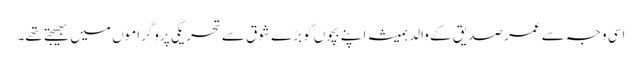
اسی وجہ سے عمر صدیق کے والد ہمیشہ اپنے بچوں کو بڑے شوق سے تحریکی پروگراموں میں بھیجتے تھے۔